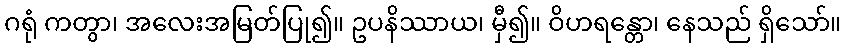
ဂရုံ ကတွာ၊ အလေးအမြတ်ပြု၍။ ဥပနိဿာယ၊ မှီ၍။ ဝိဟရန္တော၊ နေသည် ရှိသော်။